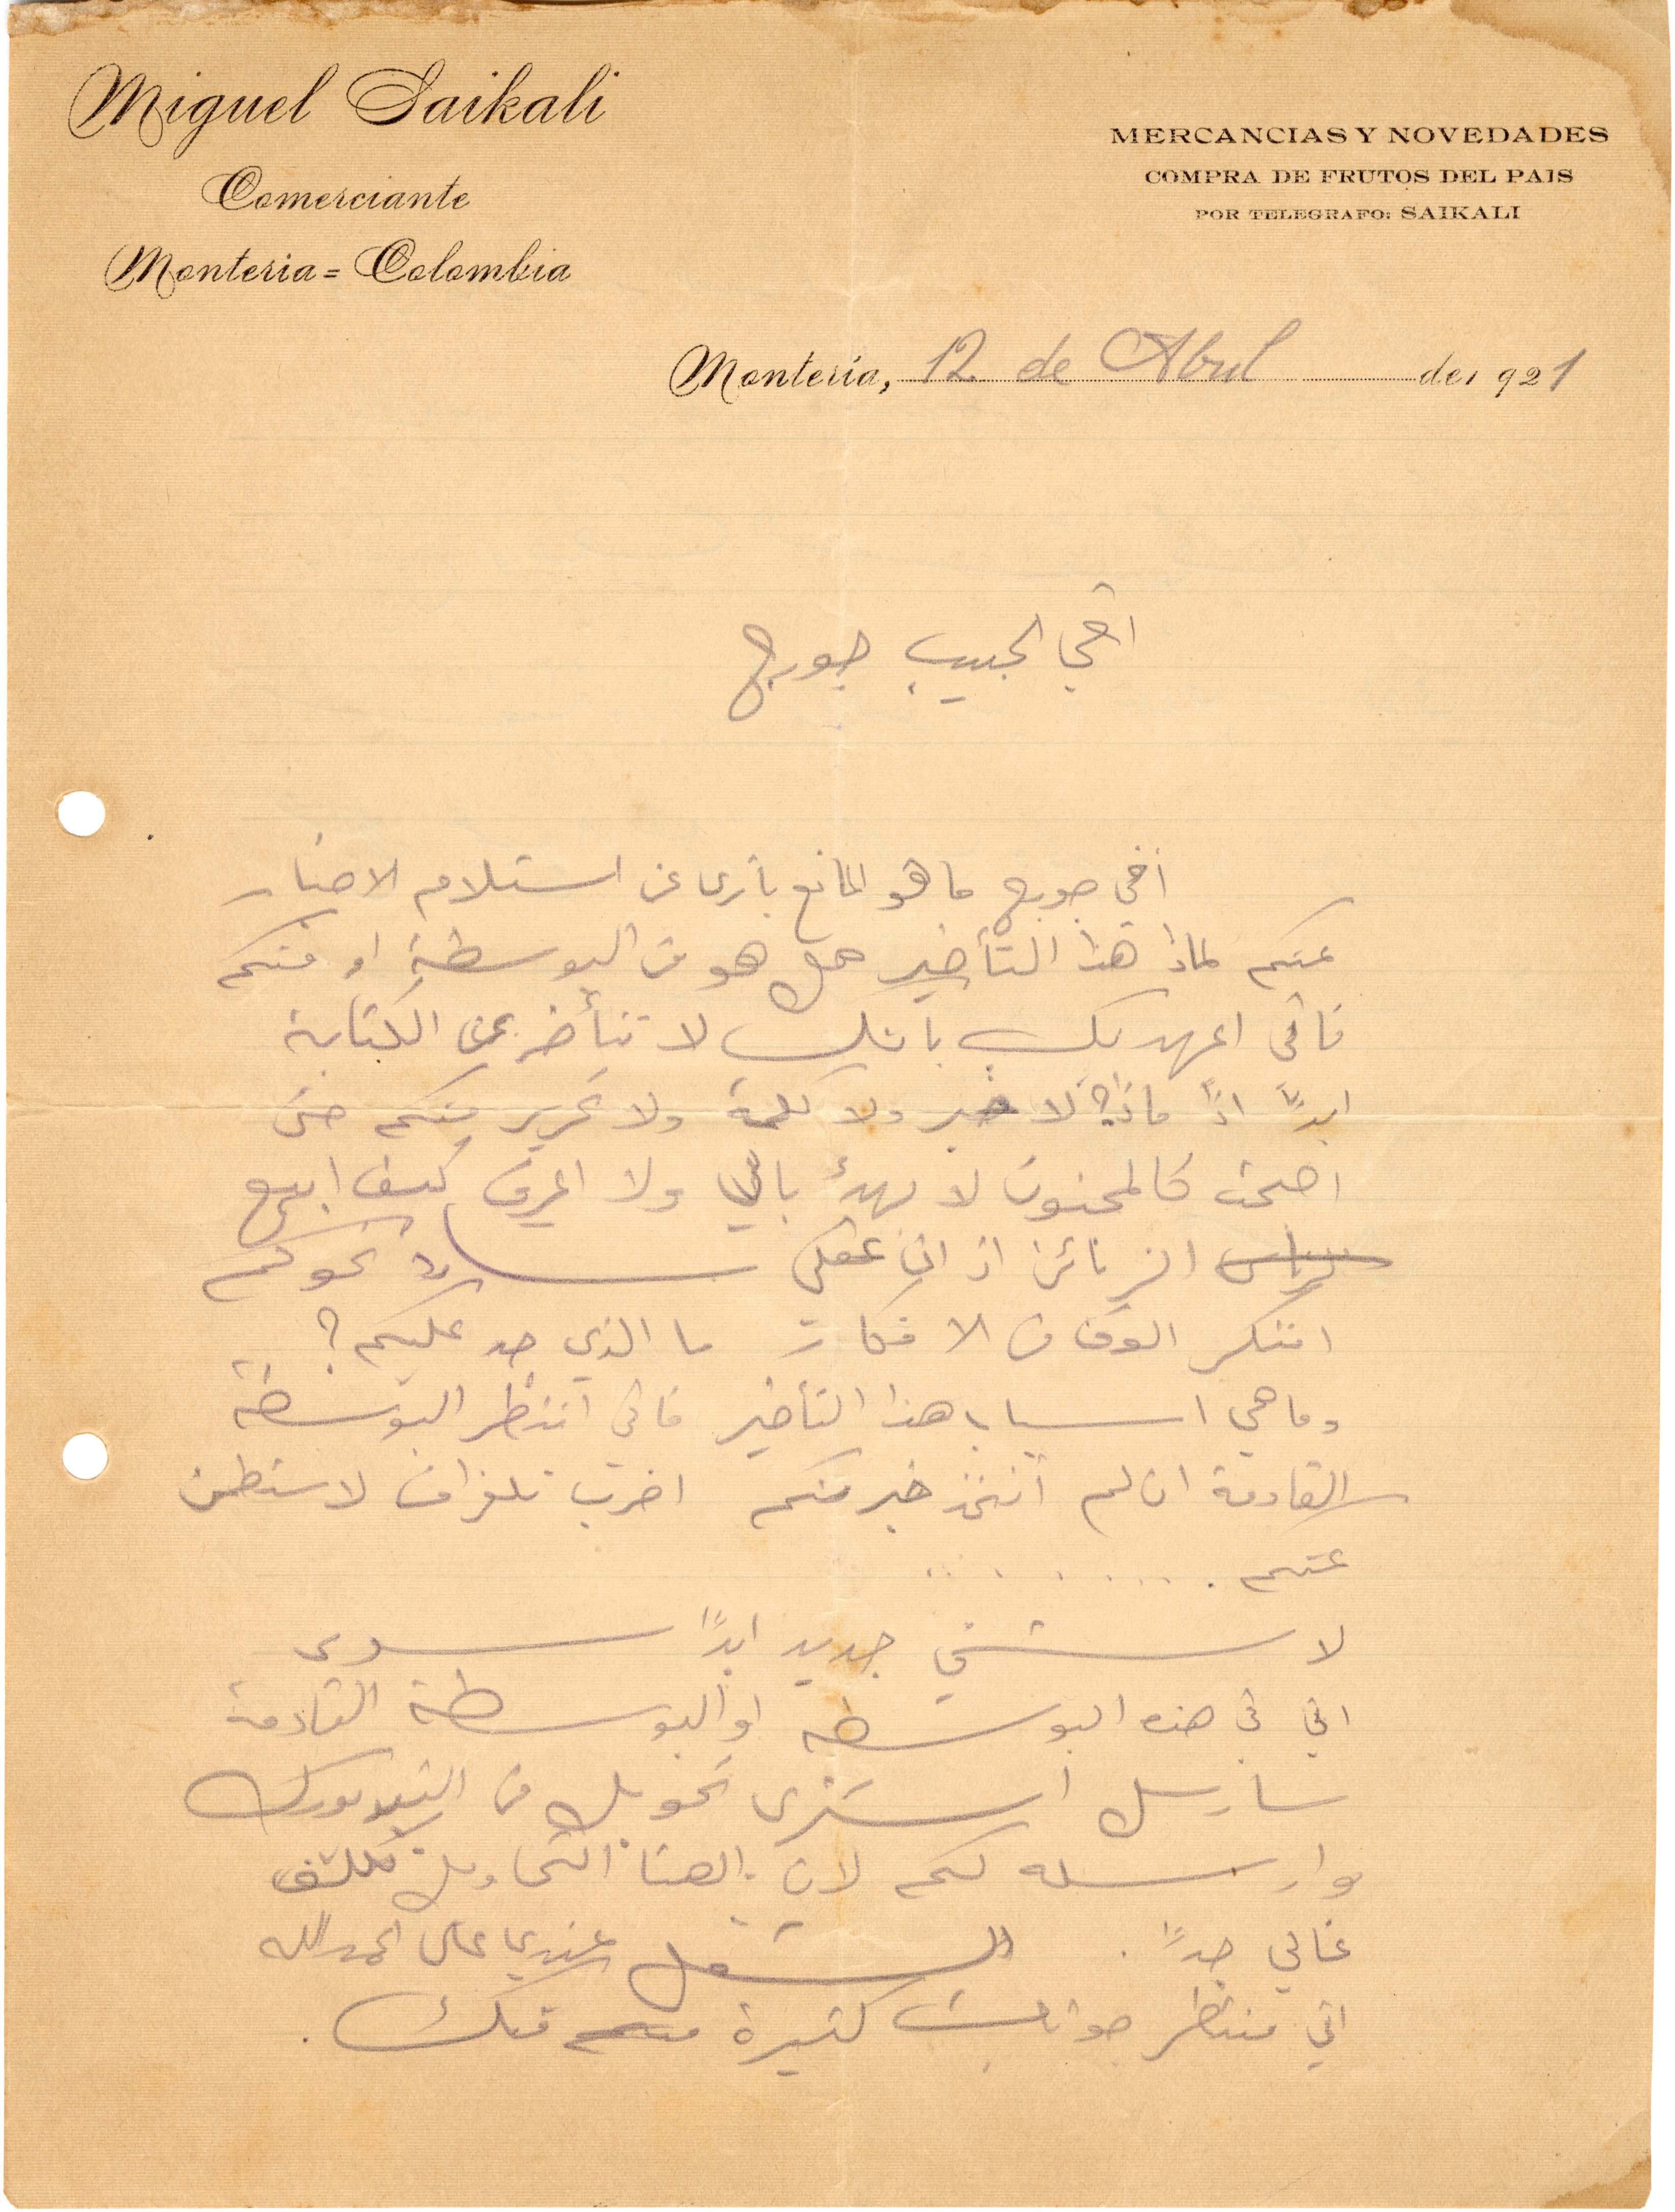
اخي الحبيب جورج
اخي جورج ما هو المابنع يا ترى عن استلام الاخبار
منكم لماذا هذا التأخير هل هو من البوسطة او منكم
فاني اعهد بك بانك لا تتأخر عن الكتابة
ابدًا اذا ما لا خبر ولا كلمة ولا تحرير منكم حتى
أصبحت كالمجنون لا يهدئ بالي ولا اعرف كيف ابيع
الربائن اذ ان عقلي شارد نحوكم
افتكر الوف من الأفكار ما الذي جدّ عليكم؟
وما هي أسباب هذا التأخير فاني انتظر البوسطة
القادمة ان لم اتخذ خبركم اضرب تلغراف لاطمن
عنكم...
لا شيء جديد ابدًا سيدي
اني في هذه البوسطة والبوسطة القادمة
سارسل اشتري تحويل من النيويورك
وارسله لكم لان الهنا التحاويل تكلف
غالي جدًا. الشغل عندي عال الحمدالله
اني منتظر جوابات كثيرة منك